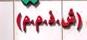
ش . ذ . م . م